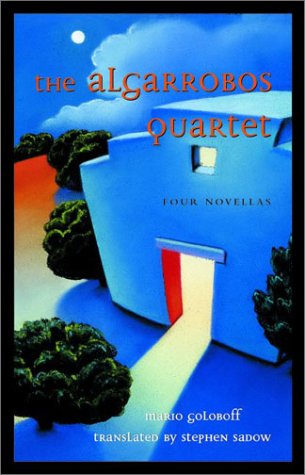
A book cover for The Algarrobos Quartet (Jewish Latin America Series); Mario Gologboff; Religion & Spirituality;